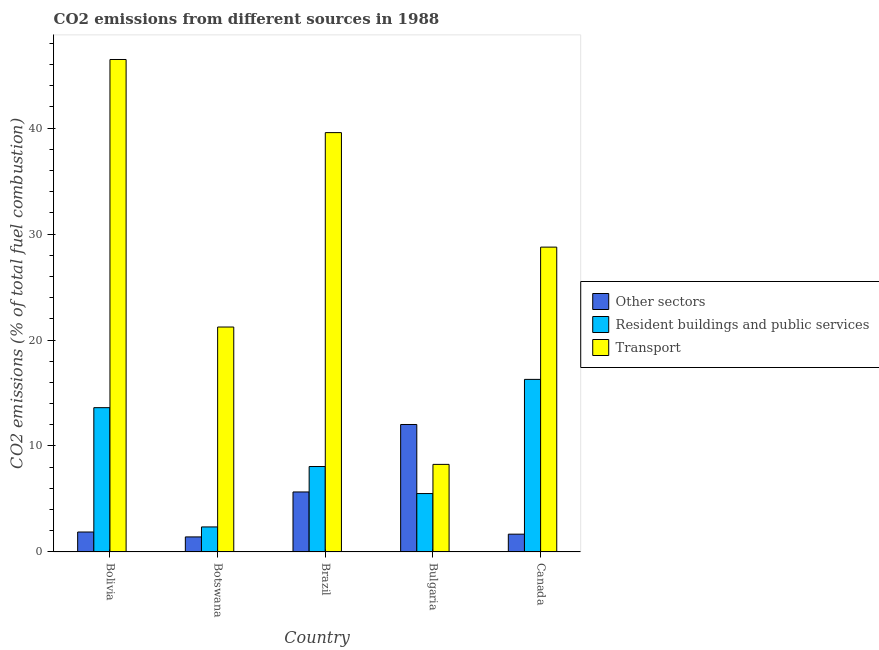
| Country | Other sectors | Resident buildings and public services | Transport |
 | --- | --- | --- | --- |
 | Bolivia | 1.88 | 13.6 | 46.5 |
 | Botswana | 1.42 | 2.36 | 21.2 |
 | Brazil | 5.66 | 8.06 | 39.6 |
 | Bulgaria | 12 | 5.51 | 8.26 |
 | Canada | 1.67 | 16.3 | 28.8 |